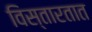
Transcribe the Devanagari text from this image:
विस्तारतात